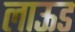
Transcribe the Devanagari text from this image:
लाऊड